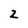
Character: 2